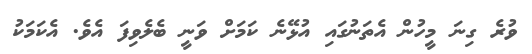
ވުރެ ގިނަ މީހުން އެތަނުގައި އުޅޭނެ ކަމަށް ވަނީ ބެލެވިފަ އެވެ. އެކަމަކު